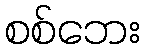
စစ်ဘေး